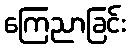
ကြေညာခြင်း